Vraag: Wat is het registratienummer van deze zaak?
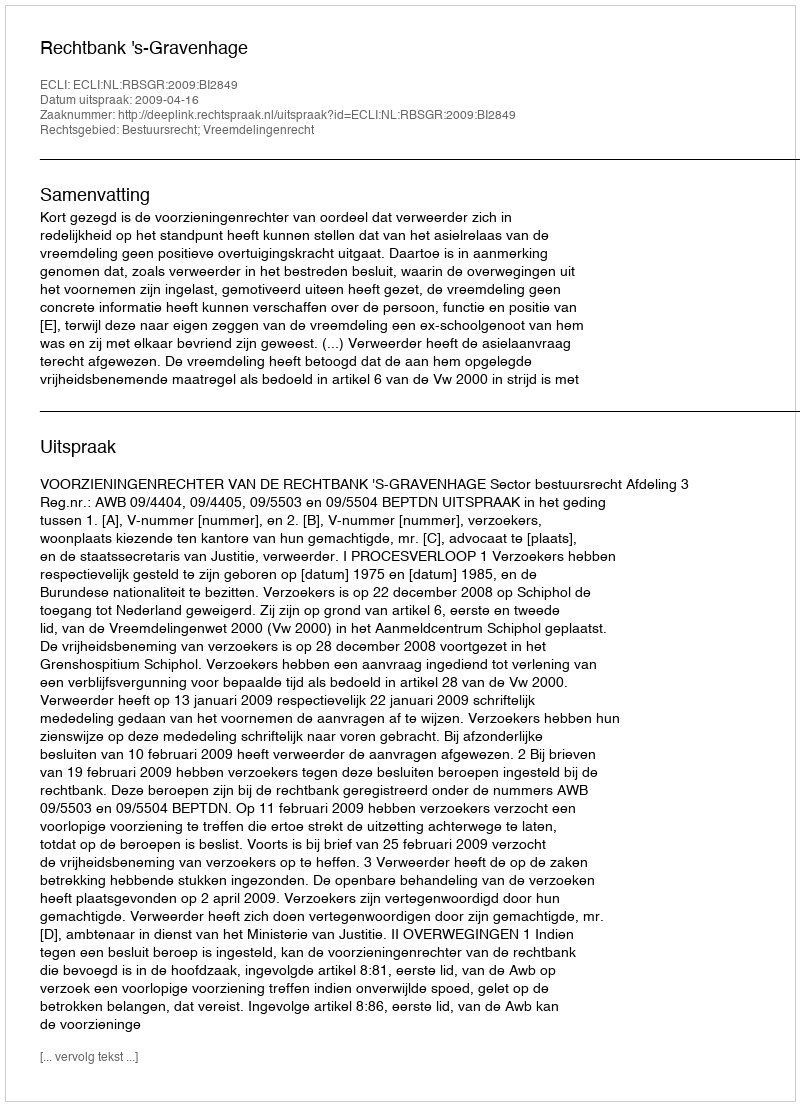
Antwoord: http://deeplink.rechtspraak.nl/uitspraak?id=ECLI:NL:RBSGR:2009:BI2849